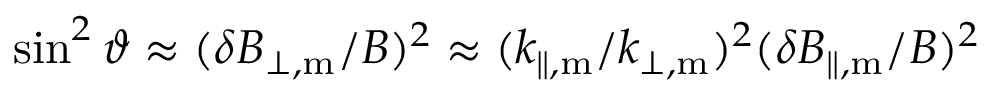
\sin ^ { 2 } \vartheta \approx ( \delta B _ { \perp , \mathrm { m } } / B ) ^ { 2 } \approx ( k _ { \parallel , \mathrm { m } } / k _ { \perp , \mathrm { m } } ) ^ { 2 } ( \delta B _ { \parallel , \mathrm { m } } / B ) ^ { 2 }